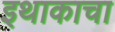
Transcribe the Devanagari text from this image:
इथाकाचा